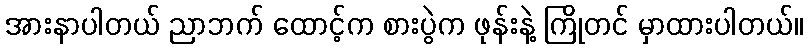
အားနာပါတယ် ညာဘက် ထောင့်က စားပွဲက ဖုန်းနဲ့ ကြိုတင် မှာထားပါတယ်။